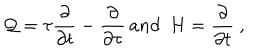
{ \cal { Q } } = \tau \frac { \partial } { \partial t } - \frac { \partial } { \partial \tau } \, a n d \ \ H = \frac { \partial } { \partial t } \ ,